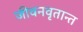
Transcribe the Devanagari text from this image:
जीवनवृतान्त